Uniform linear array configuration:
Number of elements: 64
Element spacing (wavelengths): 0.5
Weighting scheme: exponential
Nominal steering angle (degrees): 0
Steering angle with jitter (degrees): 1.183
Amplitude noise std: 0.05
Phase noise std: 0.05

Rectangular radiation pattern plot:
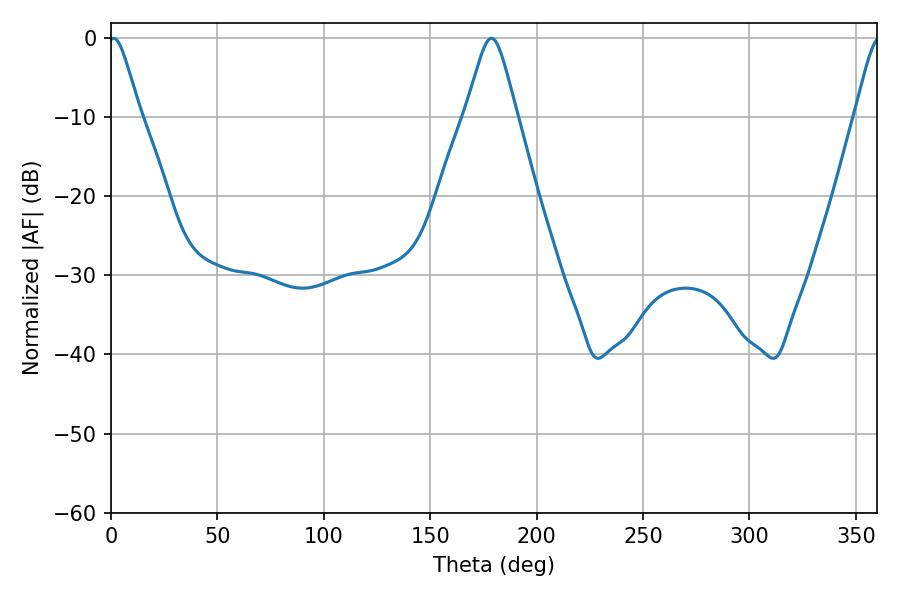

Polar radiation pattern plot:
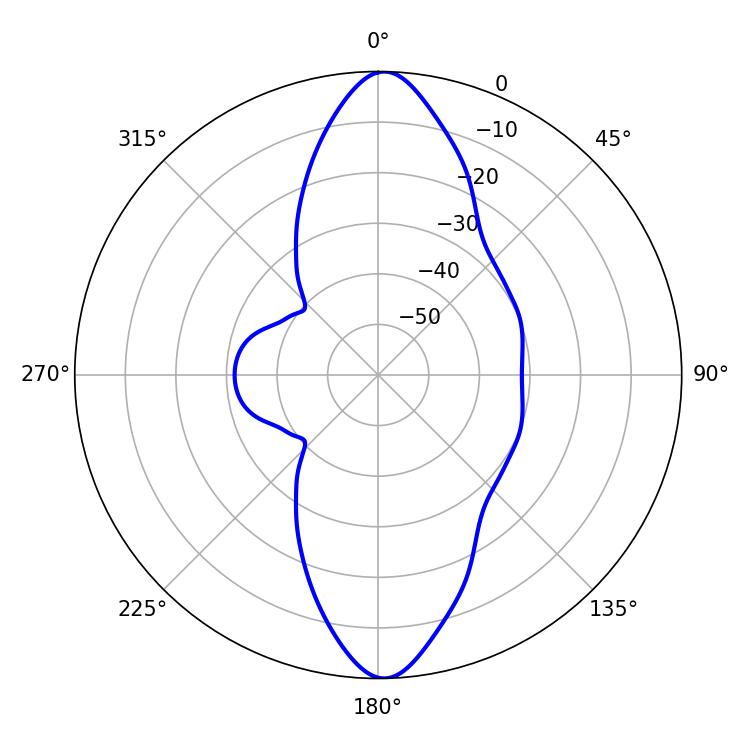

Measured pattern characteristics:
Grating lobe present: FALSE
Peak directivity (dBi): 20.993
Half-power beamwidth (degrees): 7.02
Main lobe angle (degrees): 1.26